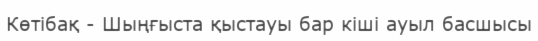
Көтібақ - Шыңғыста қыстауы бар кіші ауыл басшысы